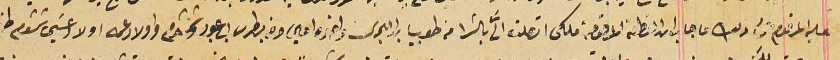
عليه المرقوم عن ذلك فاجاب ان القطعه المرقومة ملكى اتصلت الىَّ بالشرا من طوبيا بن البحرى واخوه امين ومن بطرس بن عبود وشمشوم واولاد عمه اولاد عيسَى شمشوم